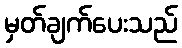
မှတ်ချက်ပေးသည်